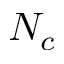
N _ { c }